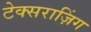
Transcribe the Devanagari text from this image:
टेक्सराज़िंग